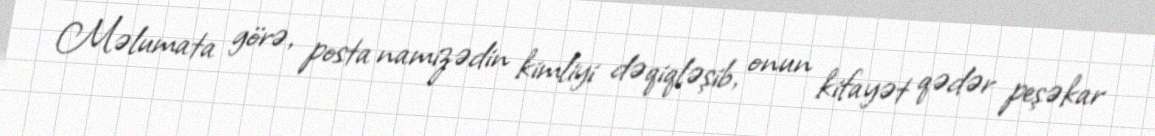
Məlumata görə, posta namizədin kimliyi dəqiqləşib, onun kifayət qədər peşəkar